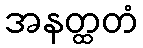
အနတ္ထတံ